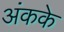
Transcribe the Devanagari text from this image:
अंकके